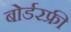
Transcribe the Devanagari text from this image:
बोर्डरफ्री